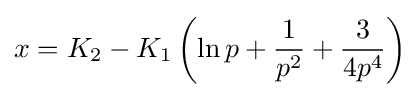
x=K_{2}-K_{1}\left(\ln p+{\frac {1}{p^{2}}}+{\frac {3}{4p^{4}}}\right)